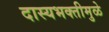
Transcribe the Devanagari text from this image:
दास्यभक्तीमुळे